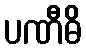
ပဏီဓိ